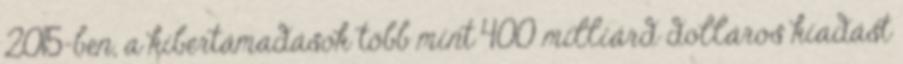
2015-ben, a kibertámadások több mint 400 milliárd dolláros kiadást